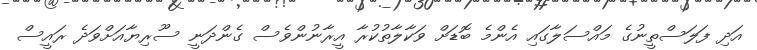
އަދި ފަލަސްތީނުގެ މައްސަލާގައި އެންމެ ބޮޑަށް ވަކާލާތުކުރާ އީރާނުންވެސް ގެންދަނީ ސޫރިޔާއަށްވަދެ ރައީސް